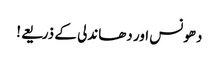
دھونس اور دھاندلی کے ذریعے!